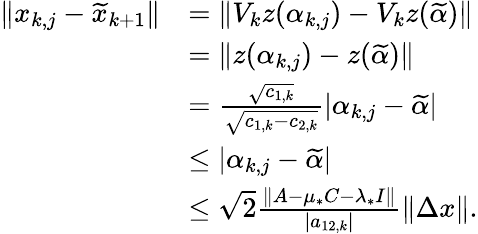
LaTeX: \begin{array}{rl}{\| x_{k,j}-\widetilde{x}_{k+1}\| }&{=\| V_{k}z(\alpha_{k,j})-V_{k}z(\widetilde{\alpha})\| }\\ &{=\| z(\alpha_{k,j})-z(\widetilde{\alpha})\| }\\ &{=\frac{\sqrt{c_{1,k}}}{\sqrt{c_{1,k}-c_{2,k}}}|\alpha_{k,j}-\widetilde{\alpha}|}\\ &{\leq|\alpha_{k,j}-\widetilde{\alpha}|}\\ &{\leq\sqrt{2}\frac{\| A-\mu_{*}C-\lambda_{*}I\| }{|a_{12,k}|}\| \Delta x\| .}\end{array}